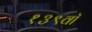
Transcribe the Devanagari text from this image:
१३९वॉ